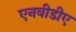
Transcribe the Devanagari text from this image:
एनवीडीए